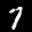
Label: 7